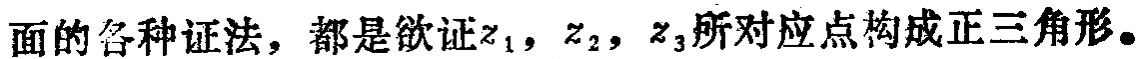
面的各种证法，都是欲证\(z_1\)，\(z_2\)，\(z_3\)所对应点构成正三角形。